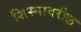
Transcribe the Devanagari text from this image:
शिस्नावरील